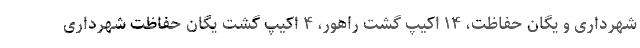
شهرداری و یگان حفاظت، ۱۴ اکیپ گشت راهور، ۴ اکیپ گشت یگان حفاظت شهرداری